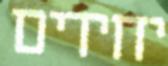
יחידים